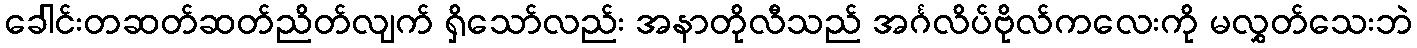
ခေါင်းတဆတ်ဆတ်ညိတ်လျက် ရှိသော်လည်း အနာတိုလီသည် အင်္ဂလိပ်ဗိုလ်ကလေးကို မလွှတ်သေးဘဲ